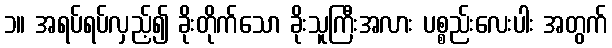
၁။ အရပ်ရပ်လှည့်၍ ခိုးတိုက်သော ခိုးသူကြီးအလား ပစ္စည်းလေးပါး အတွက်